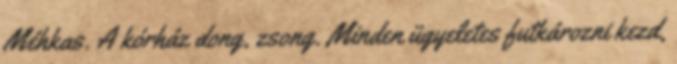
Méhkas. A kórház dong, zsong. Minden ügyeletes futkározni kezd,